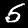
Label: 5